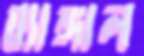
ব্যাঙ্গাল